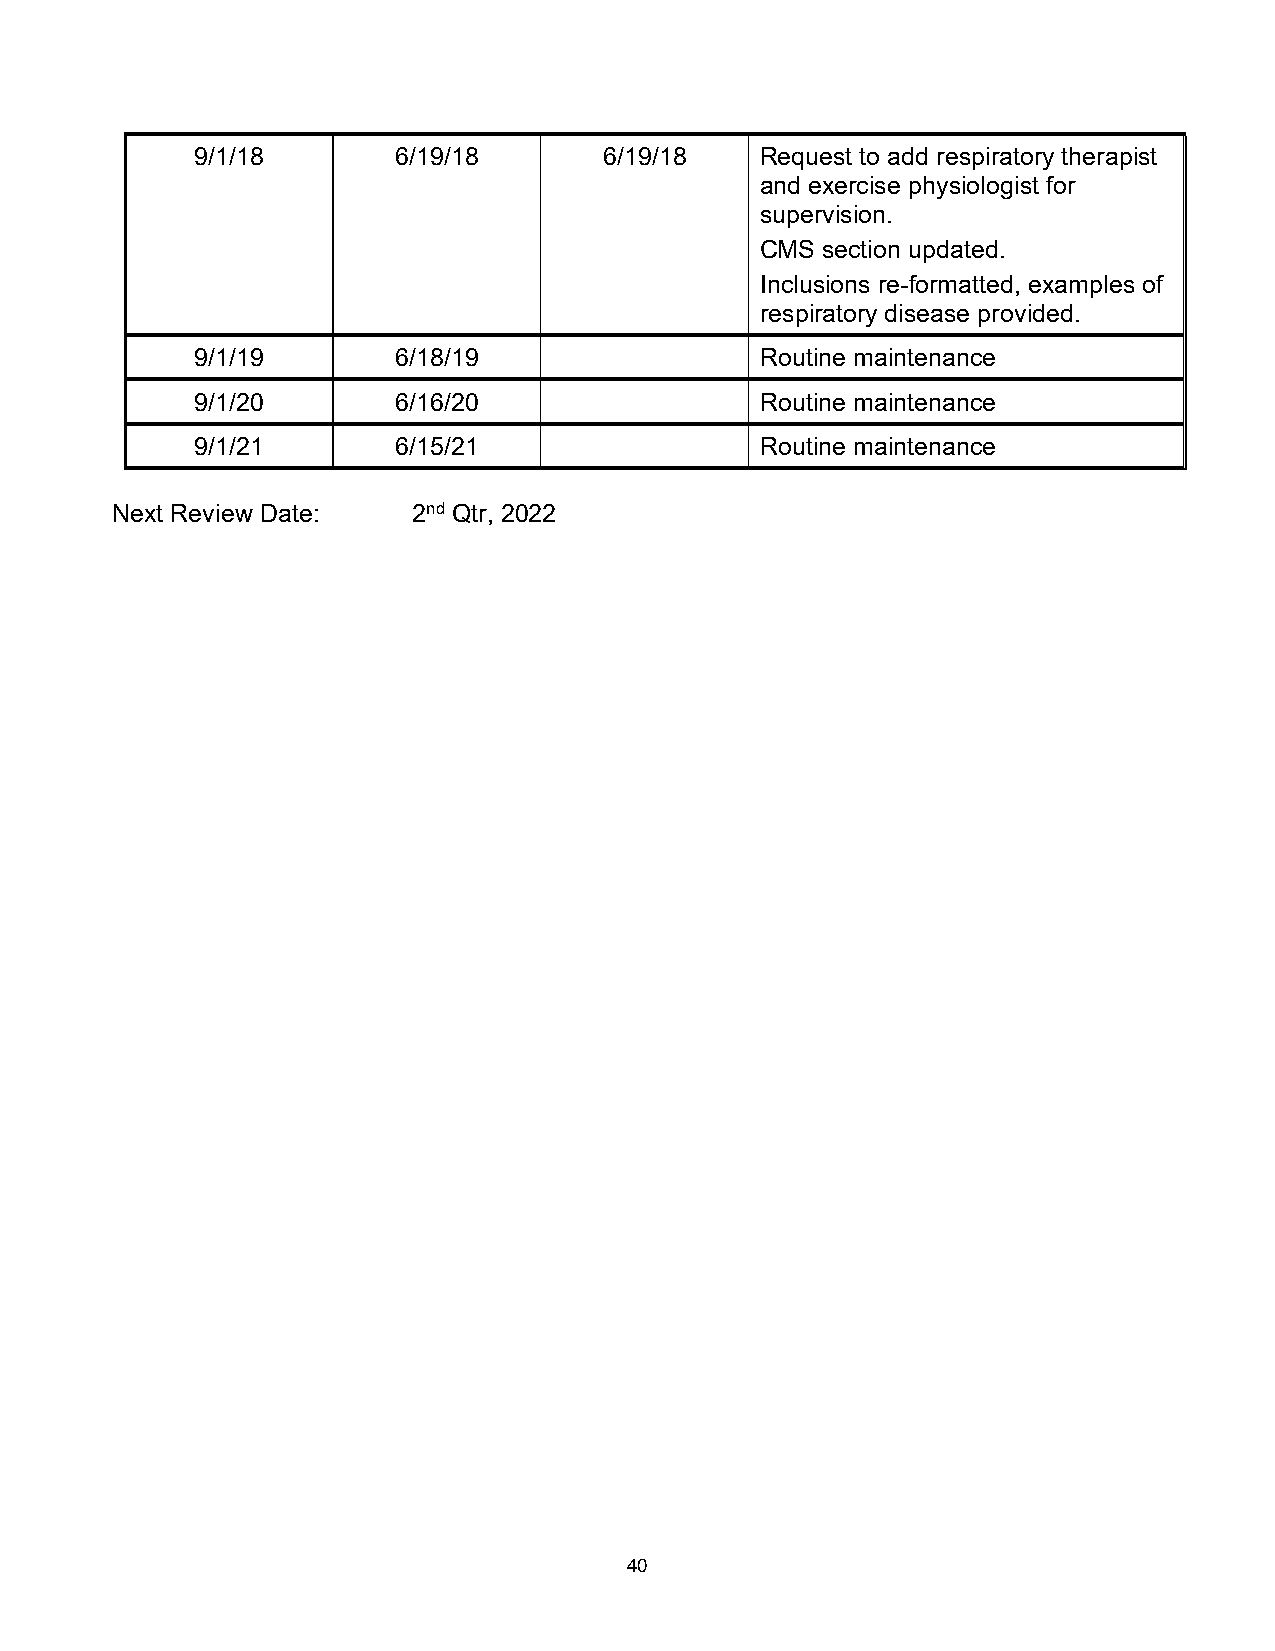
9/1/18       6/19/18       6/19/18   Request to add respiratory therapist
 and exercise physiologist for
 supervision.
 CMS section updated.
 Inclusions re-formatted, examples of
 respiratory disease provided.
 9/1/19       6/18/19                 Routine maintenance
 9/1/20       6/16/20                 Routine maintenance
 9/1/21       6/15/21                 Routine maintenance
 Next Review Date:   2nd Qtr, 2022
 40